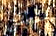
منطقتي